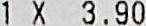
1 X 3.90